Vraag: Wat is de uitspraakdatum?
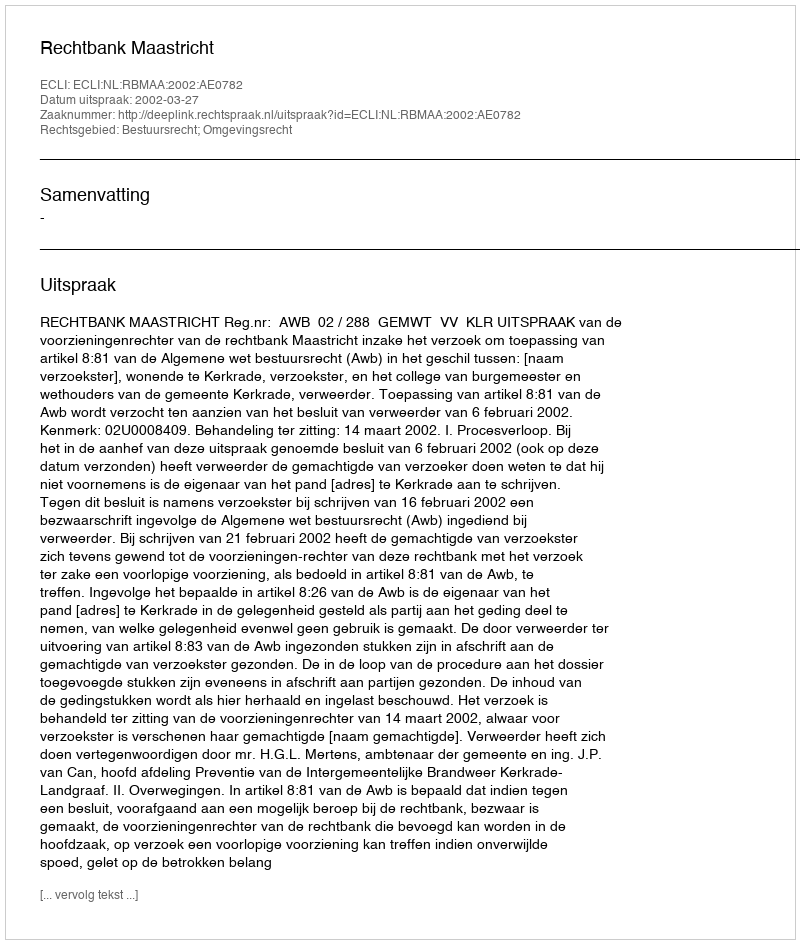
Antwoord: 2002-03-27